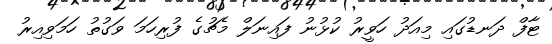
ޓާފް ދަނޑުގައި މިއަދު ހަވީރު ކުޅުނު ފައިނަލް މެޗުގެ ފުރިހަމަ ވަގުތު ހަމަވިއިރު